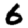
Digit: 6